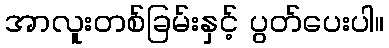
အာလူးတစ်ခြမ်းနှင့် ပွတ်ပေးပါ။